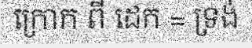
ក្រោក ពី ដេក = ទ្រង់